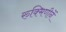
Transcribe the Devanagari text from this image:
रुक्मिणीनें